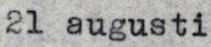
21 augusti